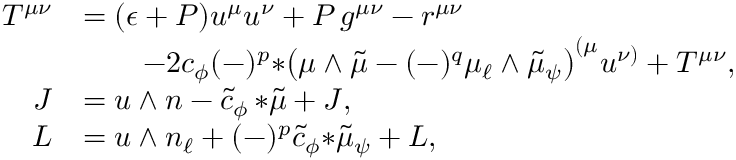
\begin{array} { r l } { T ^ { \mu \nu } } & { = ( \epsilon + P ) u ^ { \mu } u ^ { \nu } + P \, g ^ { \mu \nu } - r ^ { \mu \nu } } \\ & { \qquad - 2 c _ { \phi } ( - ) ^ { p } { * \big ( \mu \wedge \tilde { \mu } - ( - ) ^ { q } \mu _ { \ell } \wedge \tilde { \mu } _ { \psi } \big ) } ^ { ( \mu } u ^ { \nu ) } + { \cal T } ^ { \mu \nu } , } \\ { J } & { = u \wedge n - \tilde { c } _ { \phi } \, { * \tilde { \mu } } + { \cal J } , } \\ { L } & { = u \wedge n _ { \ell } + ( - ) ^ { p } \tilde { c } _ { \phi } { * \tilde { \mu } _ { \psi } } + { \cal L } , } \end{array}